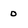
Character: 0